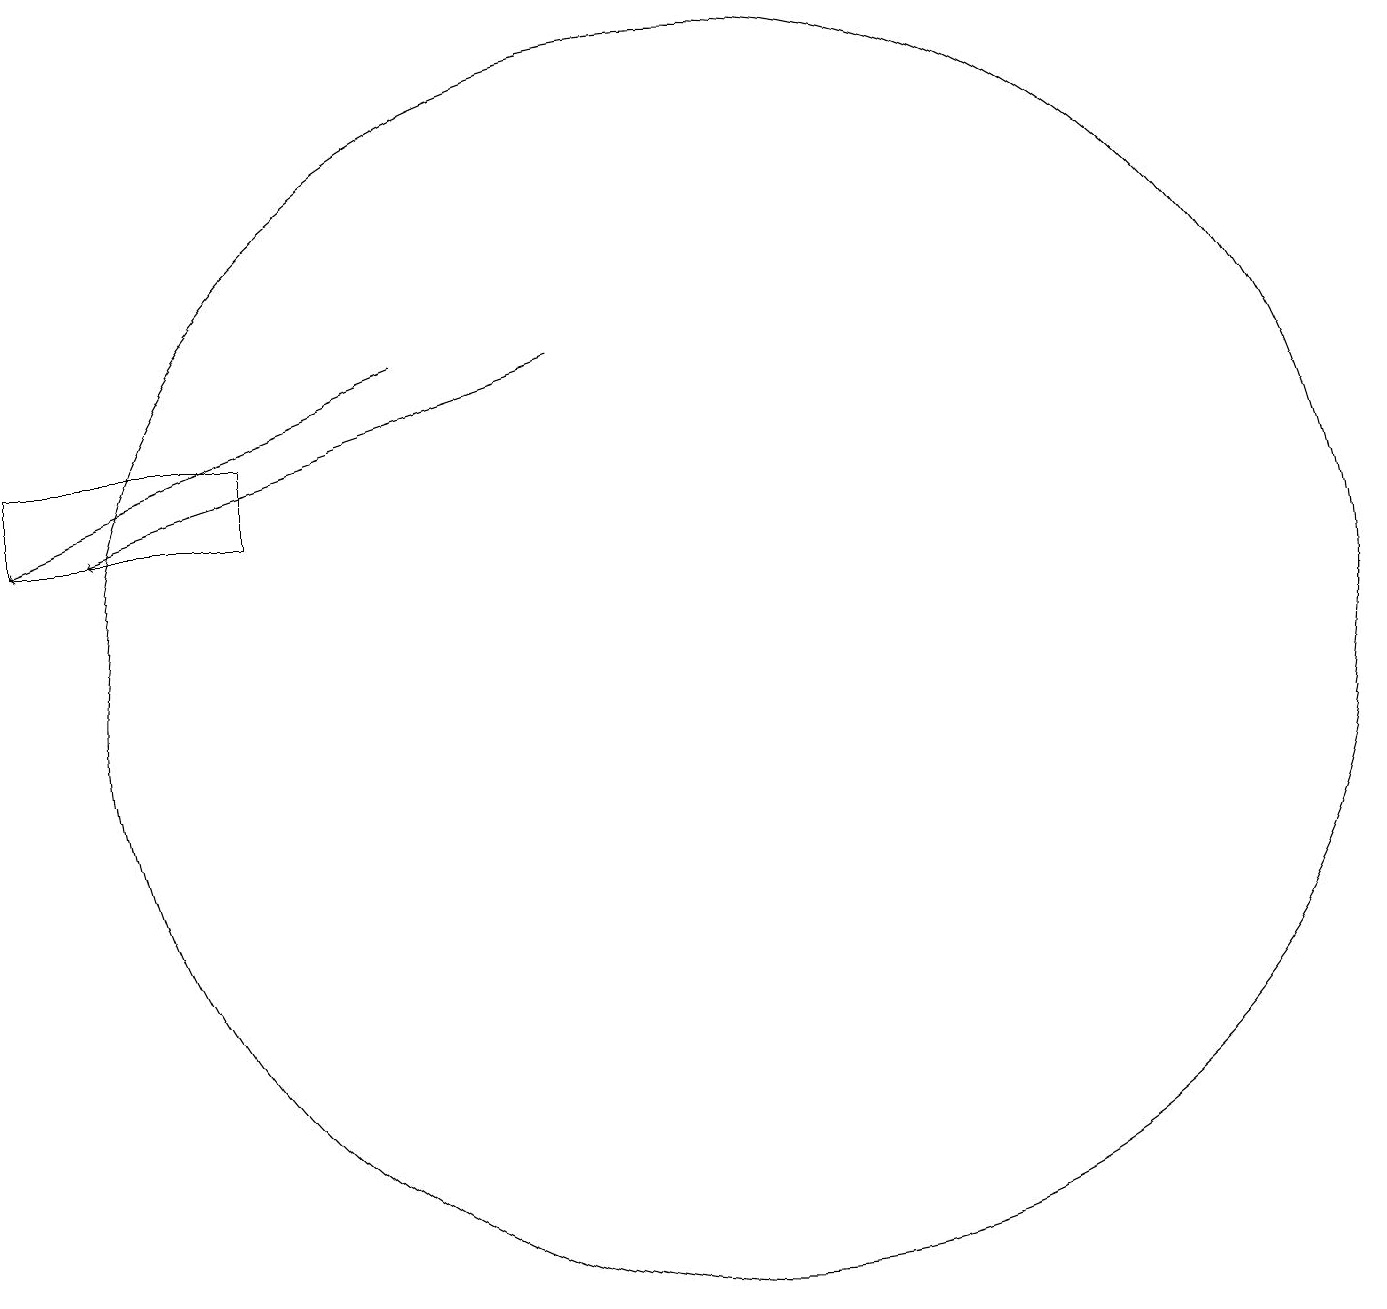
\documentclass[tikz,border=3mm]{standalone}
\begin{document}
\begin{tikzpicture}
\draw[->] (9,14) -- (3,12);
\draw (5,13) rectangle (2,12);
\draw (11,10) circle (8);
\draw[->] (7,14) -- (2,12);
\draw (10,10) circle (0);
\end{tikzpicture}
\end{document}